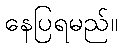
နေပြရမည်။